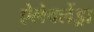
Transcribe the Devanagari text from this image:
ऐलेक्लेंड्रा